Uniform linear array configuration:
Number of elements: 24
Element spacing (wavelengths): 0.5
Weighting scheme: uniform
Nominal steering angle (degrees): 30
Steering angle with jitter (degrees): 31.33
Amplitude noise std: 0.05
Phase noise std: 0.05

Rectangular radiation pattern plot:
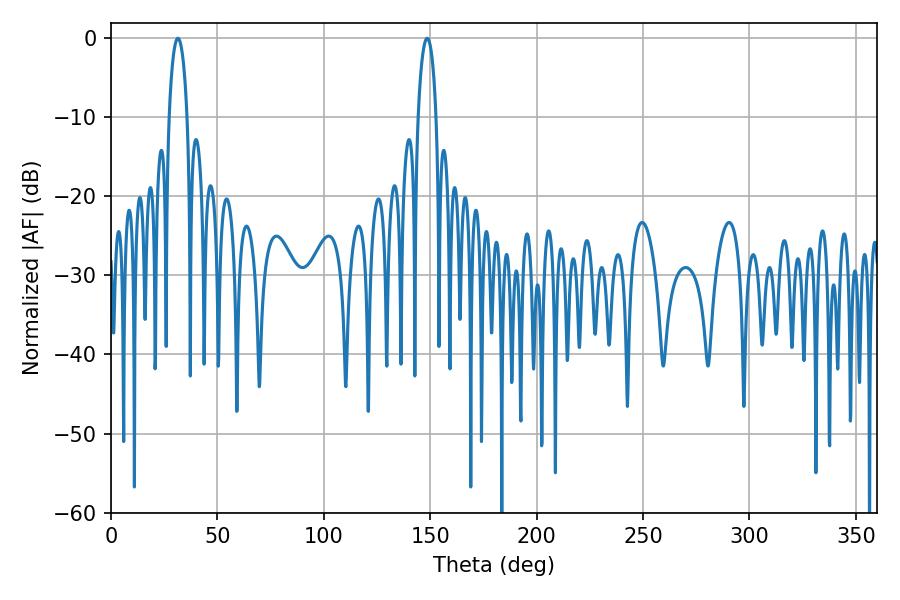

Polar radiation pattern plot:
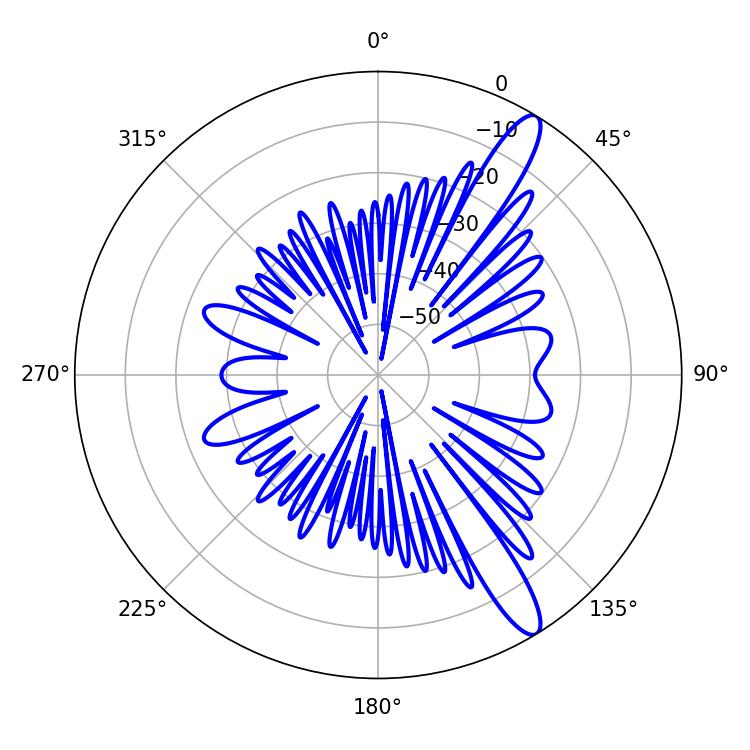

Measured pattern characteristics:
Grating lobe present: FALSE
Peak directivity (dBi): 12.983
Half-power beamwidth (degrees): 4.86
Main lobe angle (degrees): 31.5